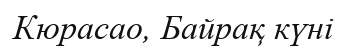
Кюрасао, Байрақ күнi